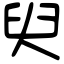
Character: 臾